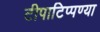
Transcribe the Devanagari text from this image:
टीपाटिप्पण्या